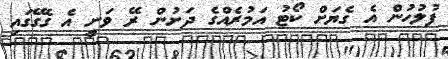
ފުލުހުން އެ ގެޔަށް ކޯޓު އަމުރެއްގެ ދަށުން ރޭ ވަނީ އެ ގެގޭގައި